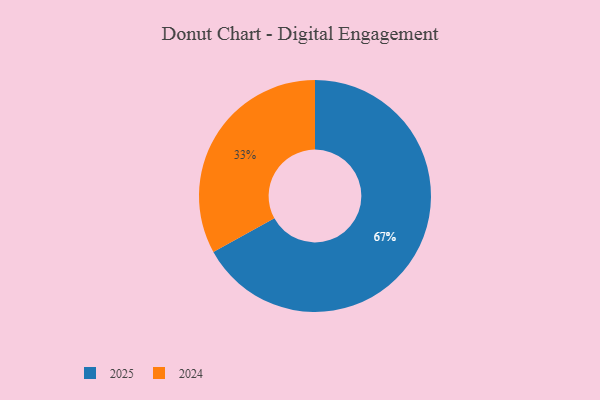
{"axis": {"x": "Category", "y": "Percentage"}, "legend": ["2024", "2025"], "data": [{"x": "2024", "y": 33, "type": "2024"}, {"x": "2025", "y": 67, "type": "2025"}]}